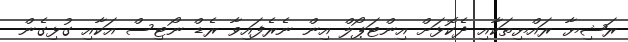
ރަޝިޔާ ރައްޔިތަކާއި ދެކޮޅަށް އިންޓަޕޯލް އިން ނެރެފައިވާ ރެޑް ނޯޓިސް އަކާއި ގުޅިގެން